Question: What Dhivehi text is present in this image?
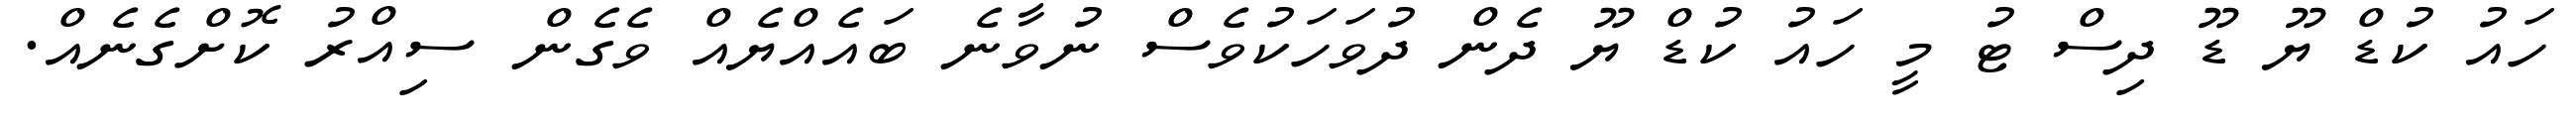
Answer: ހައު ކުޑް ޔޫ ޑޫ ދިސް ޓު މީ ހައު ކުޑް ޔޫ ދެން ދުވަހަކުވެސް ނުވާނެ ބައެއްޔެއް ވެގެން ސިއްރު ކޮށްގެނެއް.